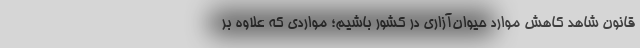
قانون شاهد کاهش موارد حیوان‌آزاری در کشور باشیم؛ مواردی که علاوه بر